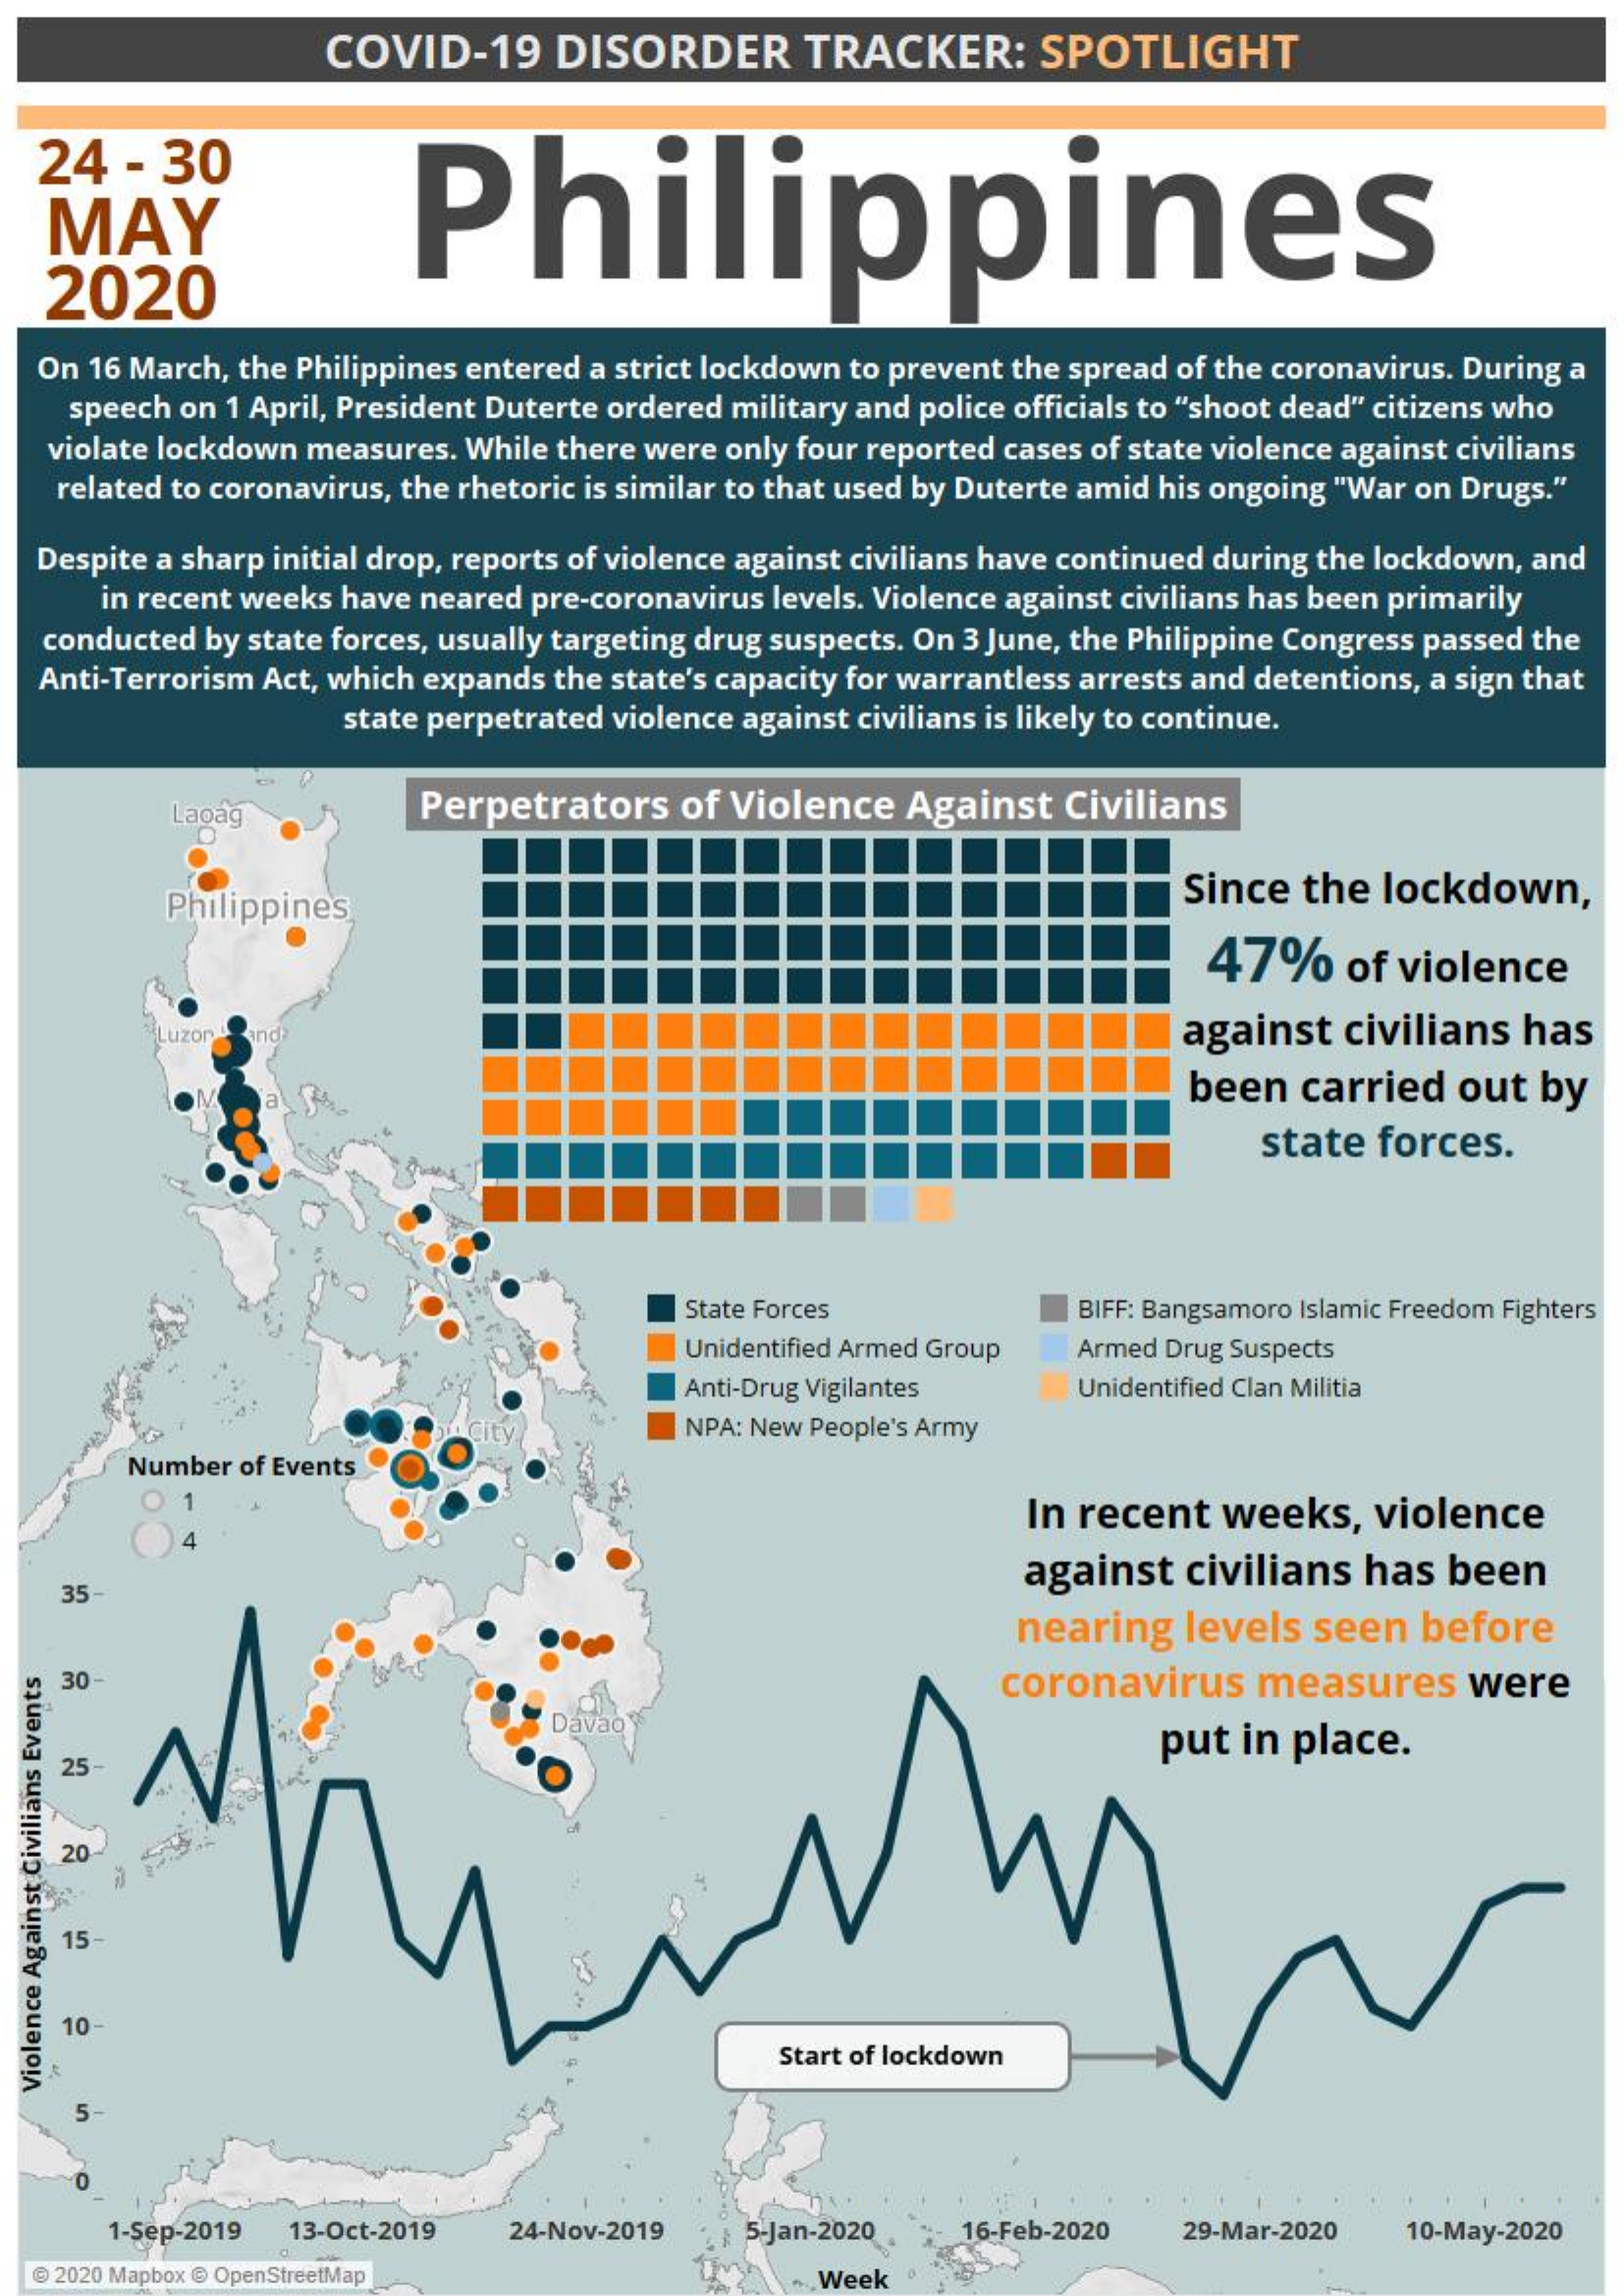
COVID-19    DISORDER    TRACKER:    SPOTLIGHT
   24  -  30
     Philippines MAY
   2020
   On 16 March, the Philippines entered a strict lockdown to prevent the spread of the coronavirus. During a
    speech on 1 April, President Duterte ordered military and police officials to "shoot dead" citizens who
   violate lockdown measures. While there were only four reported cases of state violence against civilians
   related to coronavirus, the rhetoric is similar to that used by Duterte amid his ongoing "War on Drugs."
  Despite a sharp initial drop, reports of violence against civilians have continued during the lockdown, and
     in recent weeks have neared pre-coronavirus levels. Violence against civilians has been primarily
   conducted by state forces, usually targeting drug suspects. On 3 June, the Philippine Congress passed the
   Anti-Terrorism Act, which expands the state's capacity for warrantless arrests and detentions, a sign that
     state perpetrated violence against civilians is likely to continue.
     Laoág    Perpetrators   of Violence   Against  Civilians
     Philippines    Since  the  lockdown,
     47%    of violence
     uzón    against   civilians has
     been  carried  out  by
     state  forces.
     State Forces    BIFF: Bangsamoro Islamic Freedom Fighters
     Unidentified Armed Group Armed Drug Suspects
     Anti-Drug Vigilantes   Unidentified Clan Militia
     NPA: New People's Army
     Number of Events
     In recent  weeks,   violence
     4
     against  civilians  has  been
    35-
     nearing  levels  seen  before
    30    coronavirus   measures    were
     Davao
     put  in place.
    25
    20
    15-
    10
     Start of lockdown
  Violence
  Against
  Civilians
  Events
     1-Sep-2019 13-Oct-2019  24-Nov-2019  5-Jan-2020 . 16-Feb-2020  29-Mar-2020   10-May-2020
  @ 2020 Mapbox @ OpenStreetMap    Week